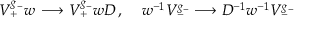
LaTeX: { \cal V } _ { + } ^ { g _ { - } } w \, \longrightarrow { \cal V } _ { + } ^ { g _ { - } } w D \, , \; \; \; \; w ^ { - 1 } { \cal V } _ { - } ^ { g _ { - } } \longrightarrow D ^ { - 1 } w ^ { - 1 } { \cal V } _ { - } ^ { g _ { - } } \,